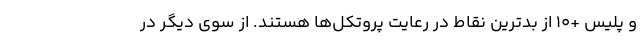
و پلیس +۱۰ از بدترین نقاط در رعایت پروتکل‌ها هستند. از سوی دیگر در